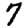
Digit: 7